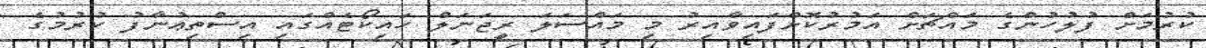
ކުރުމަށް ފުލުހުންގެ މައްޗަށް އަމުރުކޮށްފައިވާއިރު މި މައްސަލަ ރީޖަނަލް ހައިކޯޓެއްގައި އިސްތިޢުނާފު ކުރުމުގެ